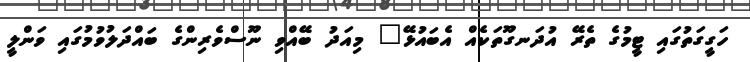
ހަގީގަތުގައި ޓީމުގެ ތެރޭ އުދަނގޫތަކެއް އެބައުޅޭ" މިއަދު ބޭއްވި ނޫސްވެރިންގެ ބައްދަލުވުމުގައި ވަންލީ